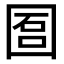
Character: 𡇱